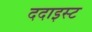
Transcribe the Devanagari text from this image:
ददाइस्ट